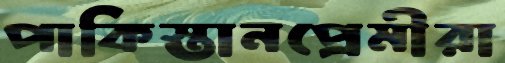
পাকিস্তানপ্রেমীরা